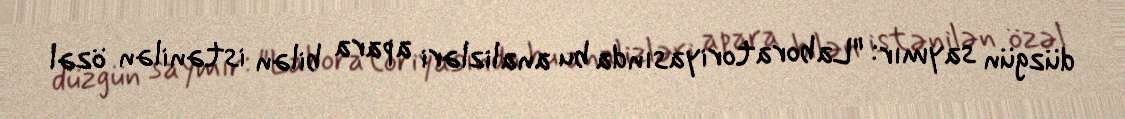
düzgün saymır: "Laboratoriyasında bu analizləri apara bilən istənilən özəl